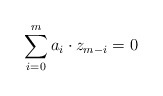
\begin{align*} \sum_{i=0}^{m} a_{i} \cdot z_{m-i} = 0 \end{align*}